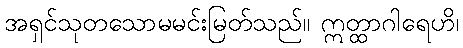
အရှင်သုတသောမမင်းမြတ်သည်။ ဣတ္ထာဂါရေဟိ၊